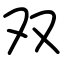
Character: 双